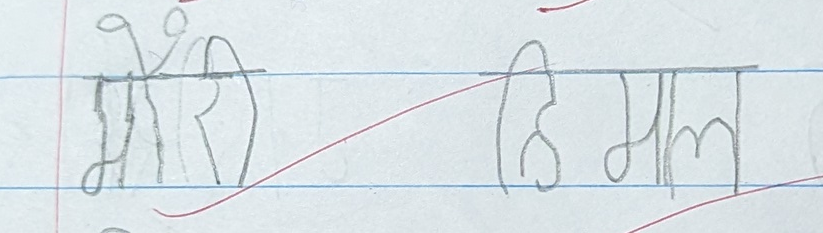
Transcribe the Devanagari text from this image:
मेरी हिमाल